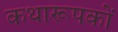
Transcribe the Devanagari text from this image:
कथारूपकों